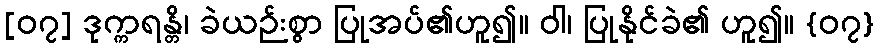
[၀၇] ဒုက္ကရန္တိ၊ ခဲယဉ်းစွာ ပြုအပ်၏ဟူ၍။ ဝါ၊ ပြုနိုင်ခဲ၏ ဟူ၍။ {၀၇}